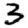
Digit: 3